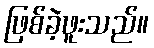
ဖြစ်ခဲ့ဖူးသည်။